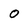
Character: o